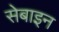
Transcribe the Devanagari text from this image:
सेबाइन